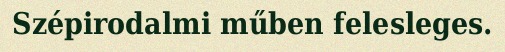
Szépirodalmi műben felesleges.